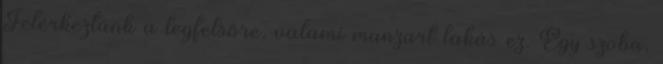
Felérkeztünk a legfelsőre, valami manzart lakás ez. Egy szoba,